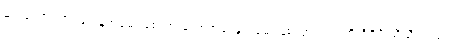
များသော အားဖြင့် နှုတ်ခမ်း စေ့ထားသောအခါ နှုတ်ခမ်း နှစ်လွှာသည် တိတိရိရိ ညီညီညာညာ